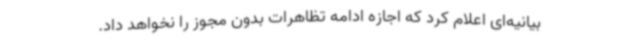
بیانیه‌ای اعلام کرد که اجازه ادامه تظاهرات بدون مجوز را نخواهد داد.